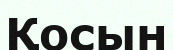
Қосын